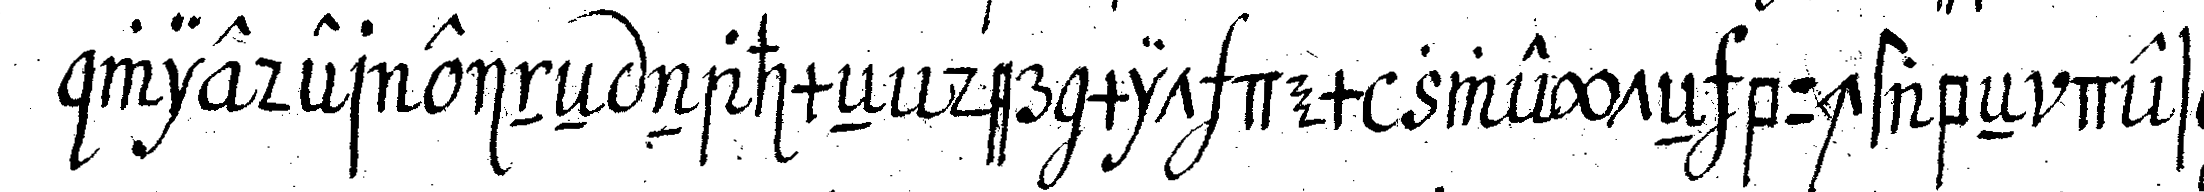
wieder eineN nahmeN der mit dem zweyteN buchstabeN des